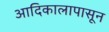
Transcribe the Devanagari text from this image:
आदिकालापासून